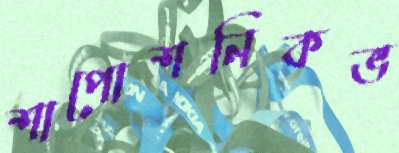
শাপোশনিকভ